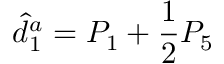
\hat { d } _ { 1 } ^ { a } = P _ { 1 } + \frac { 1 } { 2 } P _ { 5 }